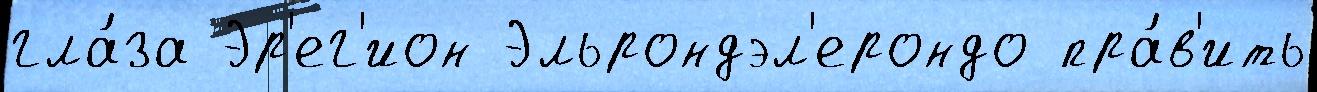
гла́за Эр'ег'ион Эльрондэл'ерондо пра́в'ить